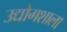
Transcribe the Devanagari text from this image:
उद्योगशाला